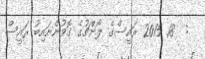
:  18